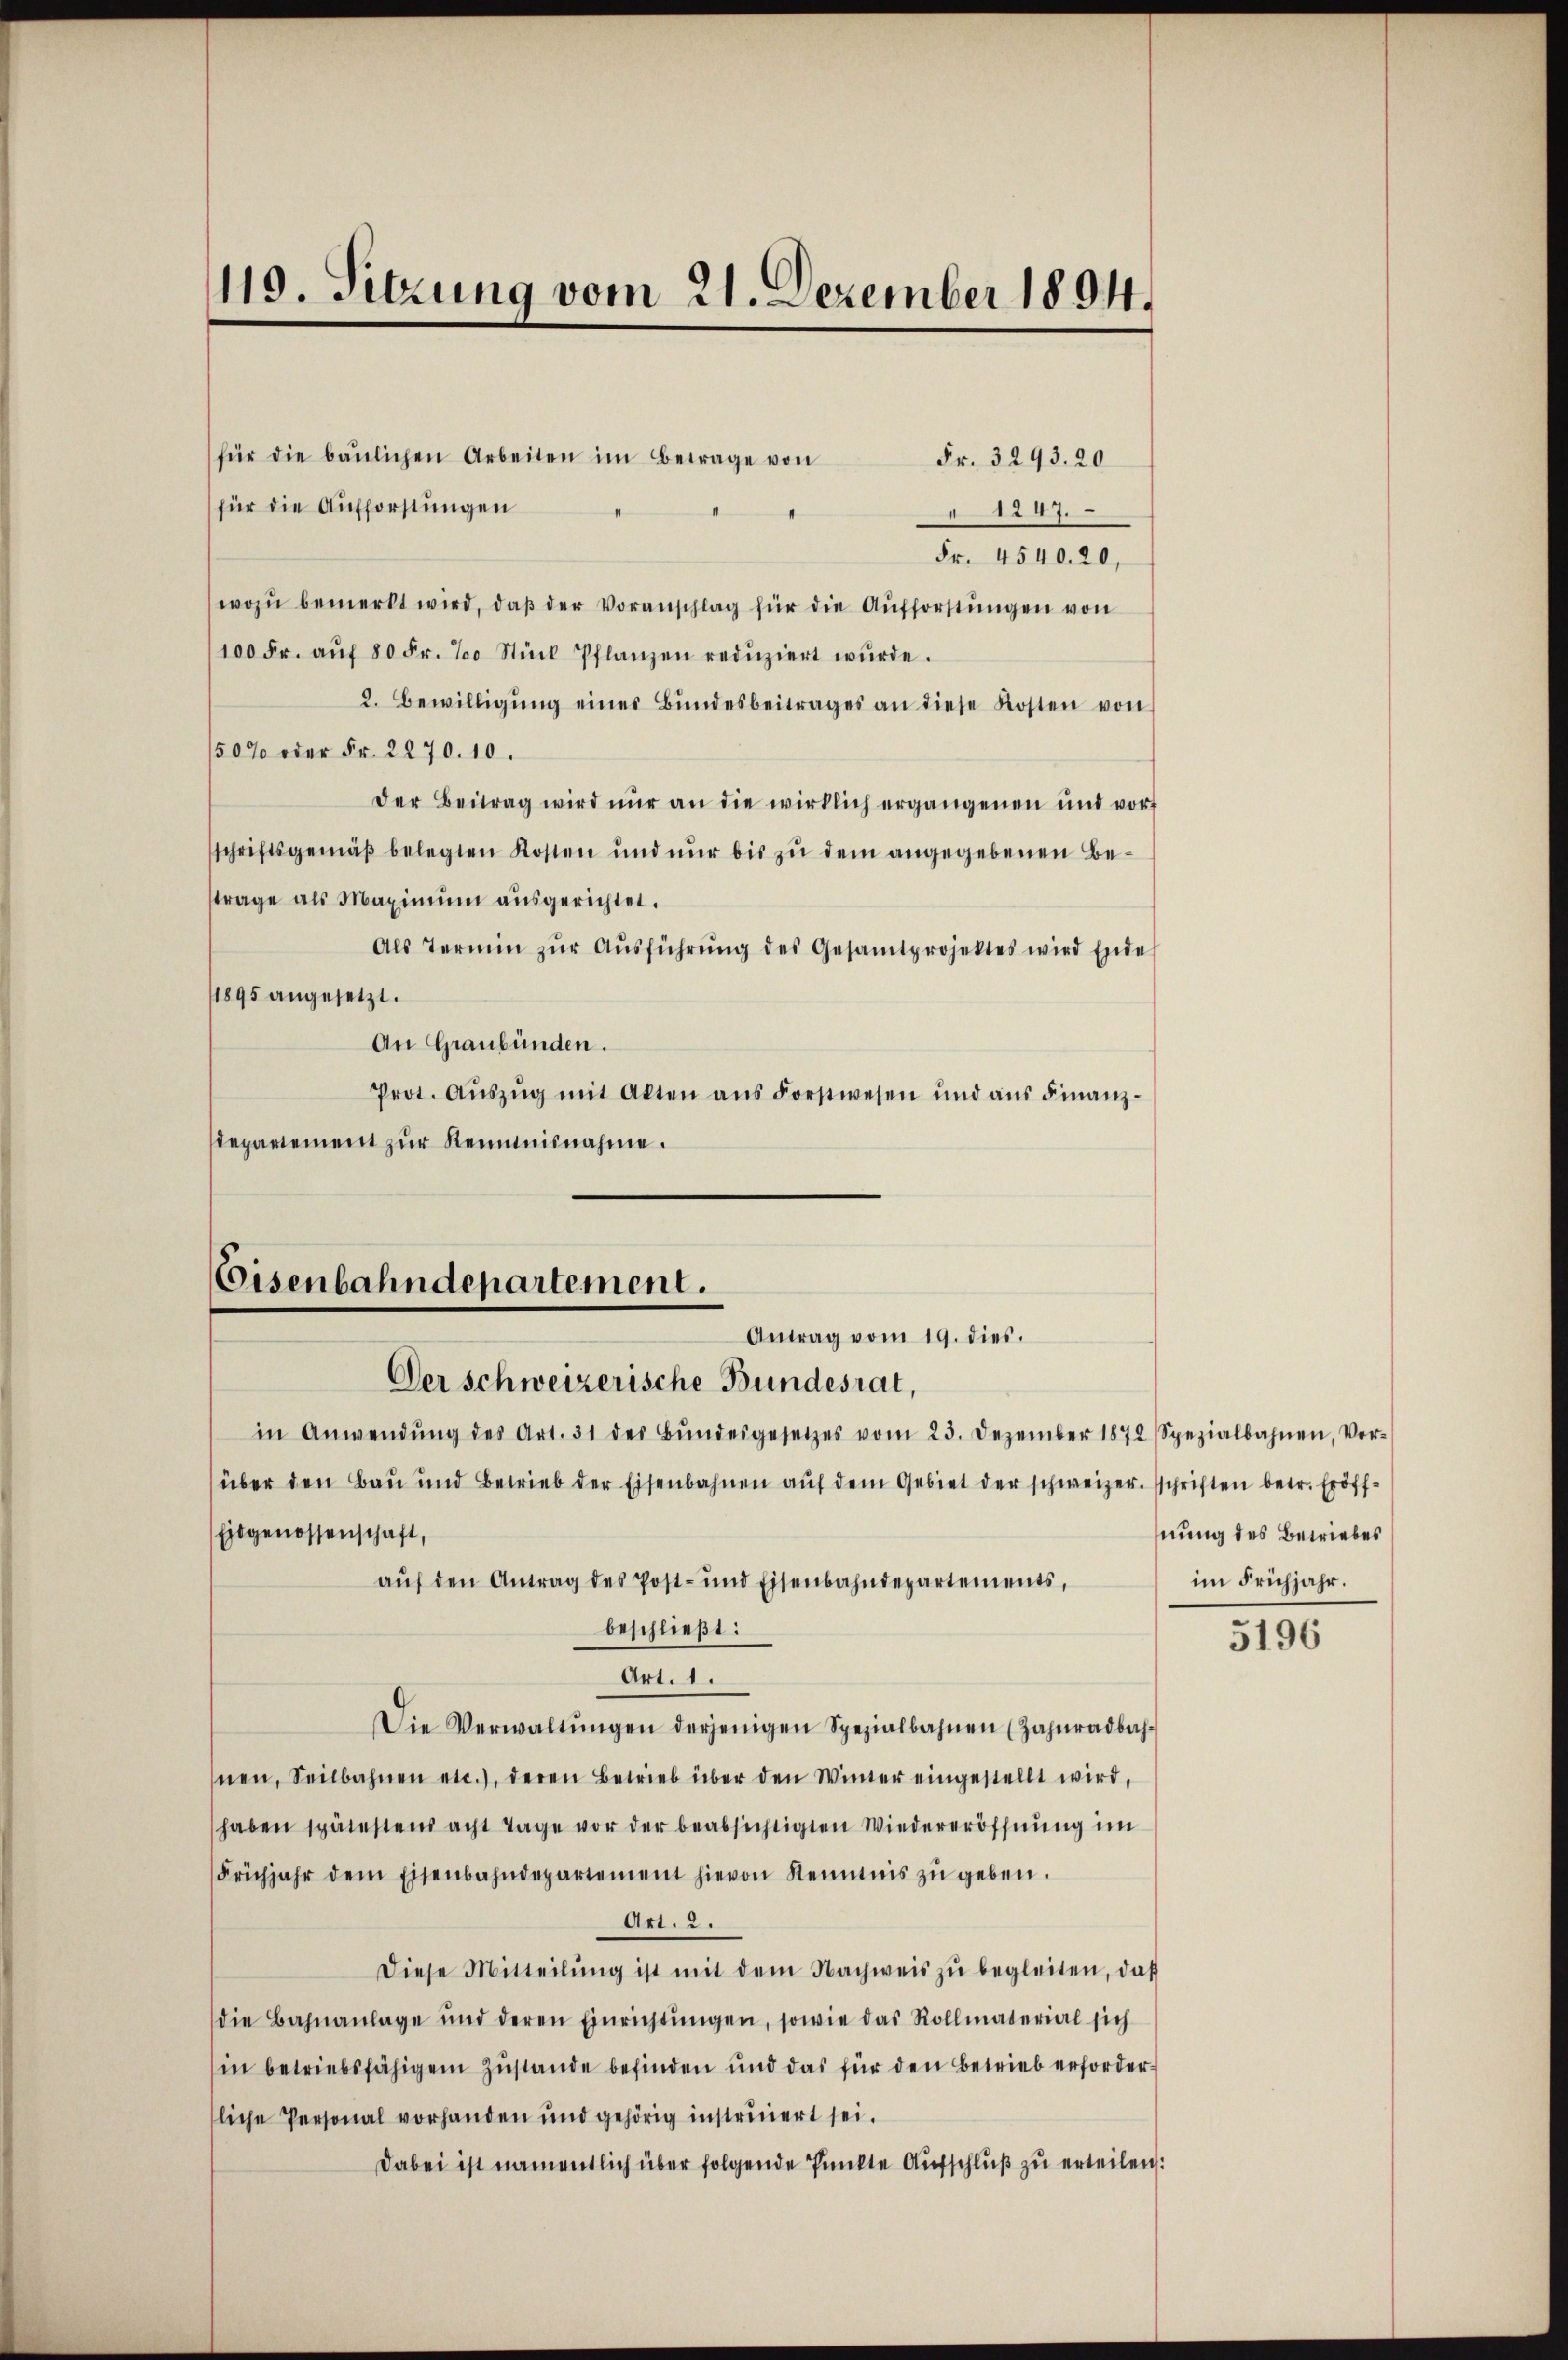
119. Sitzung vom 21. Dezember 1894.

für die baŭlichen Arbeiten im Betrage von
Fr. 3293. 20
für die Aufforstungen
1247.
Fr. 4540. 20,
wozu bemerkt wird, daβ der Voranschlag für die Aufforstungen von
100 Fr. aŭf 80 Fr. 700 Stück Pflanzen redŭziert wŭrde.
2. Bewilligŭng eines Bŭndesbeitrages an diese Kosten von
150% oder Fr. 2270. 10.
der Beitrag wird nur an die wirklich ergangenen und vorf
schriftsgemäβ belegten Kosten und nur bis zu dem angegebenen Betrage als Maximŭm aŭsgerichtet.
Als Termin zŭr Aŭsführŭng des Gesamtprojektes wird Ende
11895 angesetzt.
An Graubünden.
Prot. Aŭszŭg mit Alten ans Forstwesen und aŭs Finanz-
departement zur Reimisnahme.

Eisenbahndepartement.
Antrag vom 19. dies.

Der schweizerische Bundesrat,
in Anwendŭng des Art. 31 des Bŭndesgesetzes vom 23. Dezember 1872 Spezialbahnen, Vor-
über den Bau und Betrieb der Eisenbahnen aŭf dem Gebiet der schweizer. schriften betr. Eröff¬
Eidgenossenschaft,
aŭf den Antrag des Post- und Eisenbahndepartements,
beschließt:
Art. 1.
Die Verwaltŭngen derjenigen Spezialbahnen (Zahŭradbach-
snen, Seilbahnen etc.), deren Betrieb über den Winter eingestellt wird,
haben spätestens acht Tage vor der beabsichtigten Wiedereröffnung im
Frühjahr dem Eisenbahndepartement hievon Kenntnis zŭ geben.
Art. 2.
Diese Mitteilŭng ist mit dem Nachweis zŭ begleiten, daβ
die Bahnanlage und deren Einrichtŭngen, sowie das Rollmaterial sich
in betriebsfähigem Zustande befinden und das für den Betrieb erfordersliche Personal vorhanden und gehörig instruiert sei.
Dabei ist namentlich über folgende Punkte Aufschluß zu erteilen:

nung des Betriebes
im Frühjahr.

5196